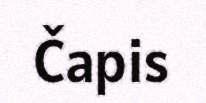
Čapis